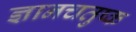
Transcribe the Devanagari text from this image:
ज्ञानचतुष्क